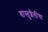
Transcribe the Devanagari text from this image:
वास्तुशैलींचा